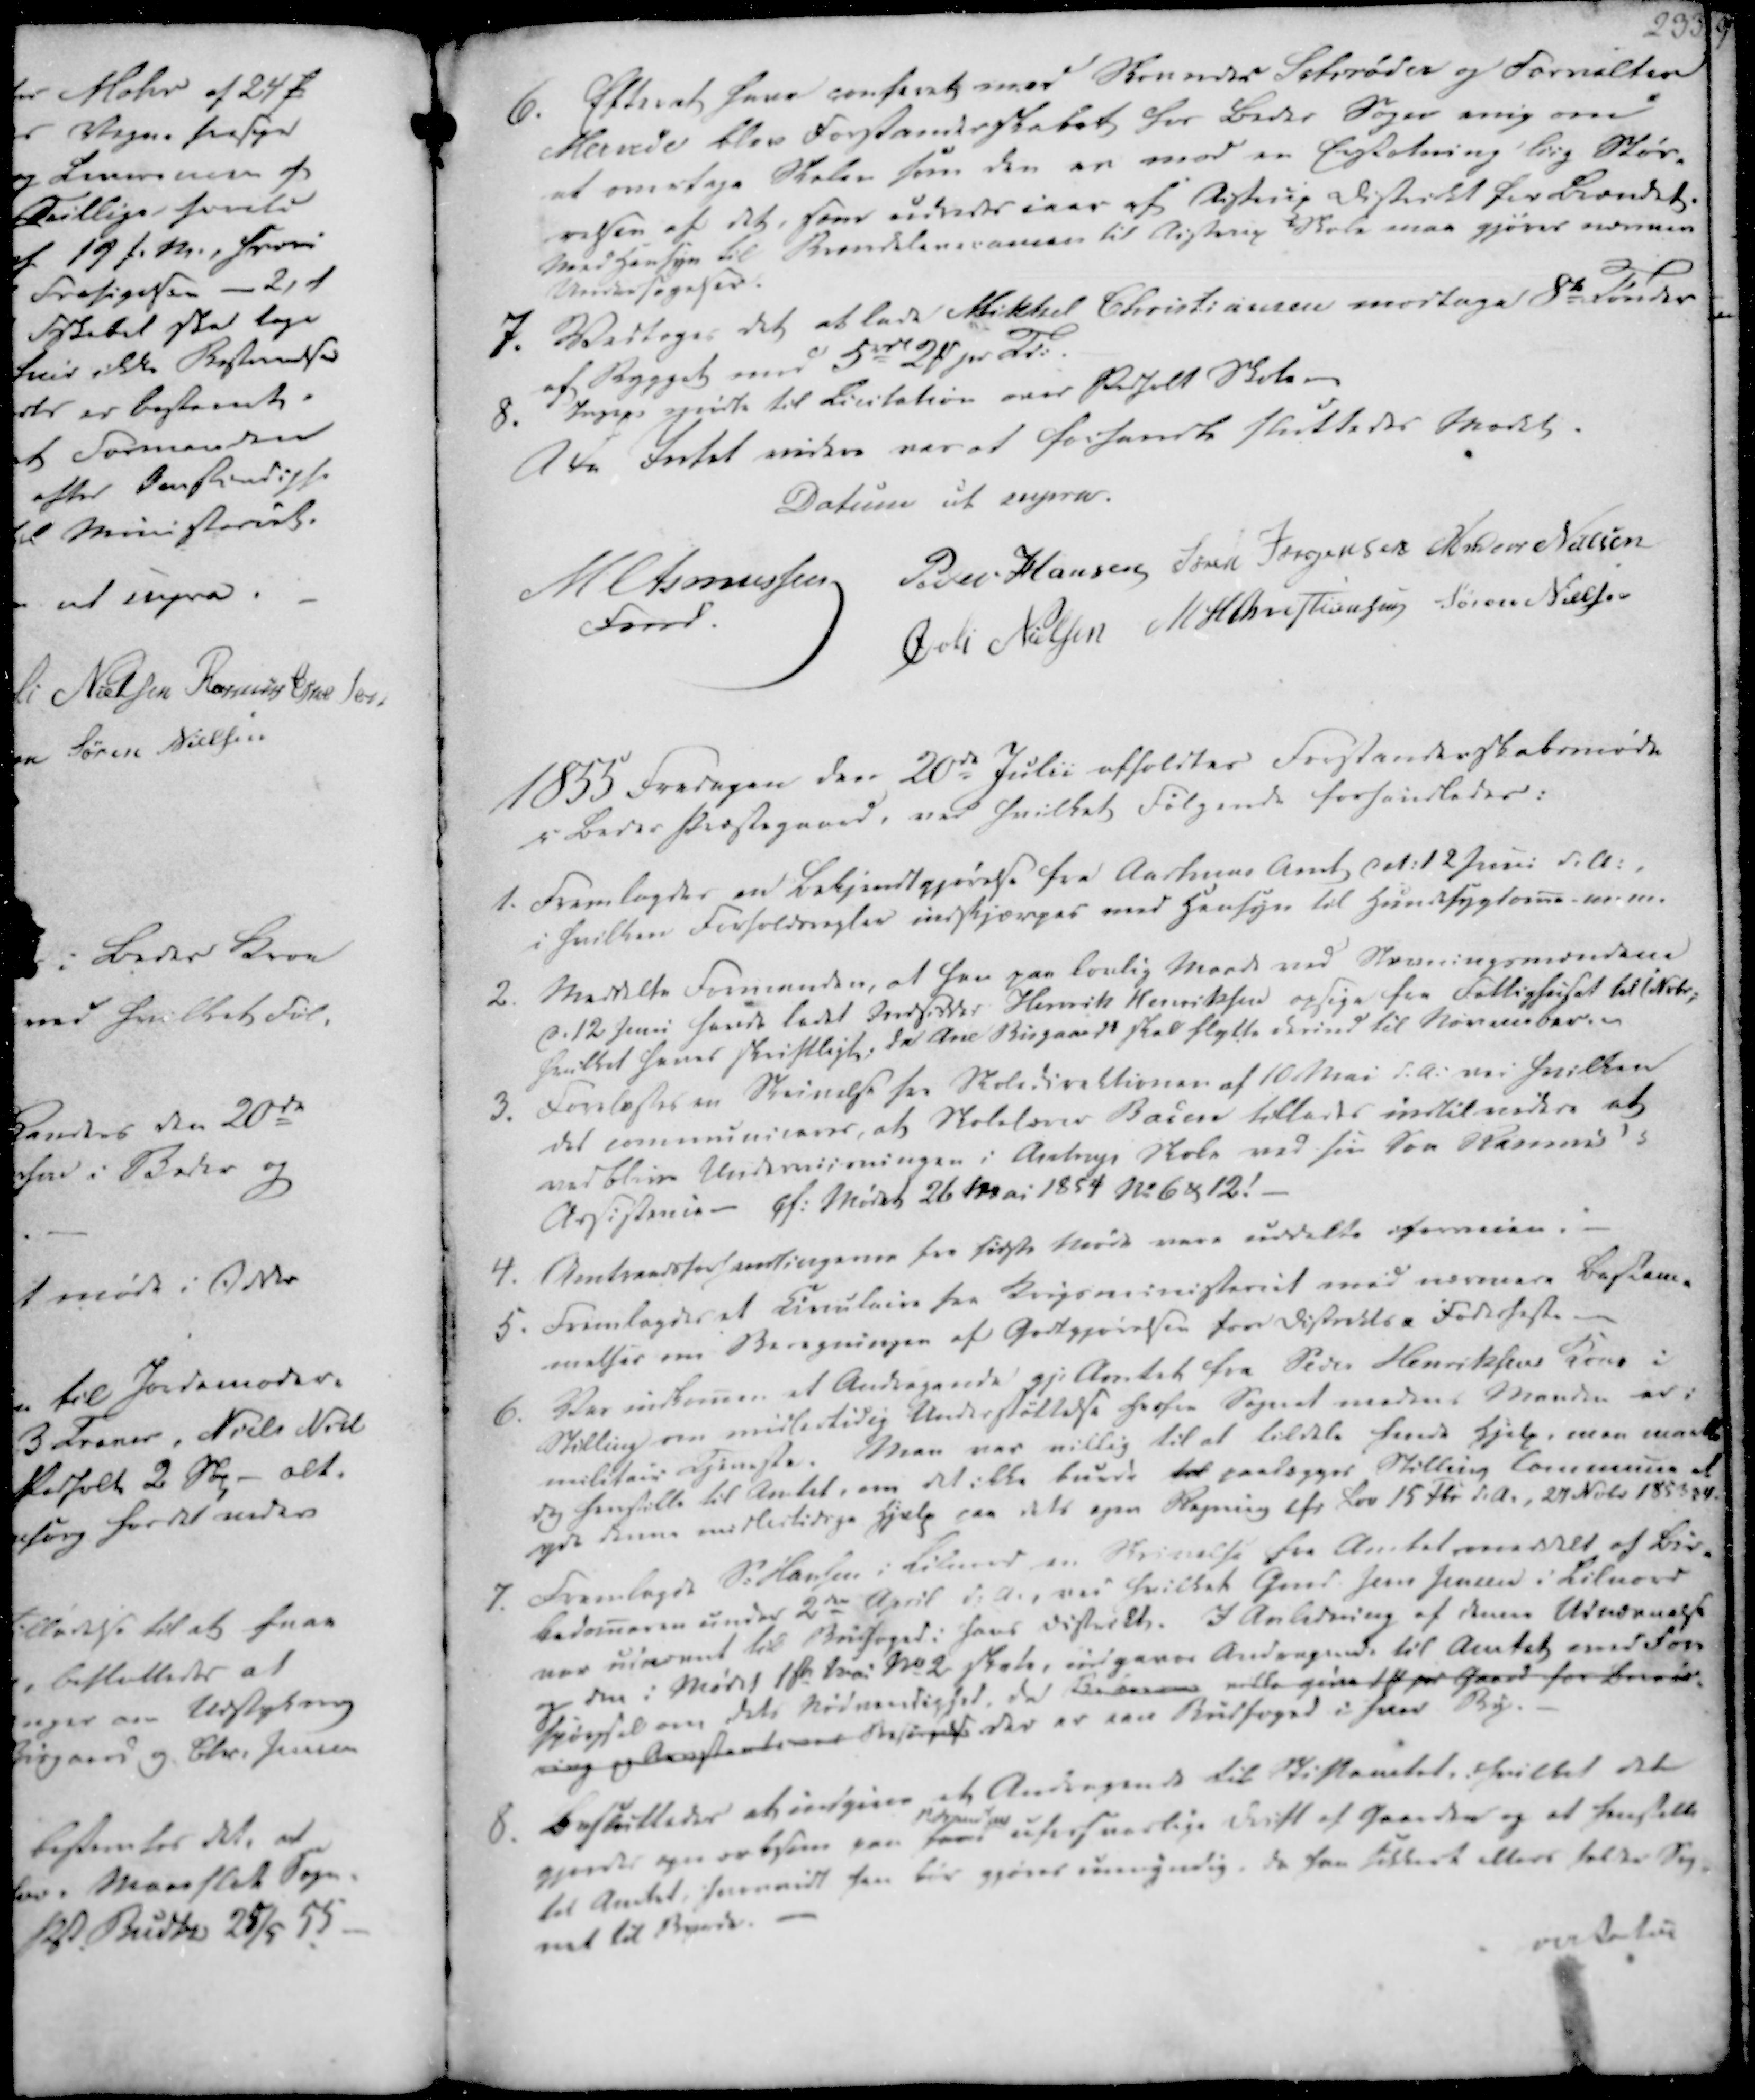
Transskription:
6. Efterat have conferet med Skovridder Schrøder og Forvalter
Mande blev Forstanderskabet for Beder Sogn enig om
at overtage Skolen som den er mod en Erstatning liig Stør-
relsen af det, som udredes iaar af Aistrup Distrikt for Brændet.
Med Hensyn til Brændeleveranden til Aistrup Skole maa gjøres nærmere
Undersøgelser.
7. Vedtoges det at lade Mikkel Christiansen modtage 8te Tønder
af Bygget mod 5 rdl 2 ₻ pr Td.
8. Ingen mødte til Licitation over Pedholt Skole -

Da Intet videre var at forhandle sluttedes Mødet.
Datum ut supra.
M Asmussen
Fomd.
Peder Hansen
Søren Jørgensen
Anders Nielsen
Øvli Nielsen
M H Christiansen
Søren Nielsen

1855 Fredagen den 20de Julii afholdtes Forstanderskabsmøde
i Beder Præstegaard, ved hvilket Følgende forhandledes:

1. Fremlagdes en Bekjendtgjørelse fra Aarhuus Amt dat. 12 Juni d.A.,
i hvilken Forholdsregler indskjærpes med Hensyn til Huudsygdome m.m.
2. Meddelte Formanden, at han paa lovlig Maade ved Stævningsmændene
d. 12 Juni havde ladet Indsidder Henrik Henriksen opsige fra Fattighuset til 1 Nvbr;
hvilket haves skriftligt, da Ane Bisgaard skal flytte derind til November. ~
3. Forelæstes en Skrivelse fra Skoledirektionen af 10 Mai d.A. ved hvilken
det communiceres, at Skolelærer Baden tillades indtil videre at
vedblive Underviisningen i Aistrup Skole med sin Søn Rasmus's
Assistance - cf. Mødet 26 Mai 1854 No 6 & 12!

4. Amtraadsforhandlingerne fra sidste Møde vare uddelte iforveien.
5. Fremlagdes et Circulaire fra Krigsministeriet med nærmere Bestem-
melser om Beregningen af Godtgjørelsen for Districts Foderheste
6. Var indkomen et Andragende gj. Amtet fra Peder Henriksens Kone i
Stilling om midlertidig Understøttelse herfra Sognet medens Manden er i
militair Tjeneste. Man var villig til at tildele hende Hjelp, men maatte
dog henstille til Amtet, om det ikke burde til paalægges Stilling Commune at
yde denne midlertidige Hjælp paa dets egen Regning cf. Lov 15 Fbr d.A., 27 Nvbr 1853 §4.

7. Fremlagde P. Hansen i Lilnord en Skrivelse fra Amtet meddelt af Bir-
kedomeren under 2den April d.A., ved hvilket Gmd. Jens Jensen i Lilnord
var udnævnt til Budfoged i hans District. I Anledning af denne Udnævnelse
og den i Mødet 1ste Juni No 2 Skole, indgaves Andragende til Amtet med Fore
spørgsel om dets Nødvendighed, da Beboerne ville give 1 ₻ per Gaard for brende-
ring og Arrestanternes Besørgelse der er een Budfoged i hver By.
8. Besluttedes at indgives et Andragende til Stiftamtet, hvilket det
gjordes opmærksom paa hans

uforsvarlige Drift af Gaarden og at henstelle
til Amtet, hvorvidt han bør gjøres umyndig, da han sikkert ellers holder Sog-
net til Byrde.
mistatu